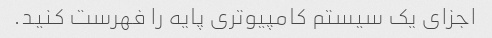
اجزای یک سیستم کامپیوتری پایه را فهرست کنید.